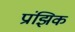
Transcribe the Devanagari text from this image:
प्रांझिक